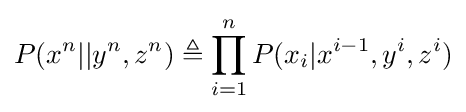
P(x^{n}||y^{n},z^{n})\triangleq \prod _{i=1}^{n}P(x_{i}|x^{i-1},y^{i},z^{i})